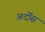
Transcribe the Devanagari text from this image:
अर्दोस